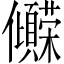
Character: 𫤒